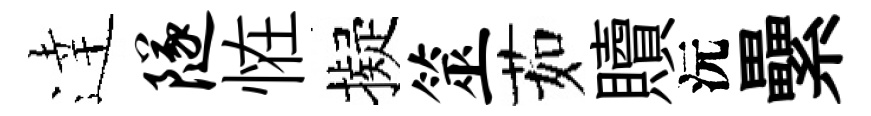
逹隧恠擬筮茹贖沅纍